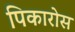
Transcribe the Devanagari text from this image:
पिकारोस